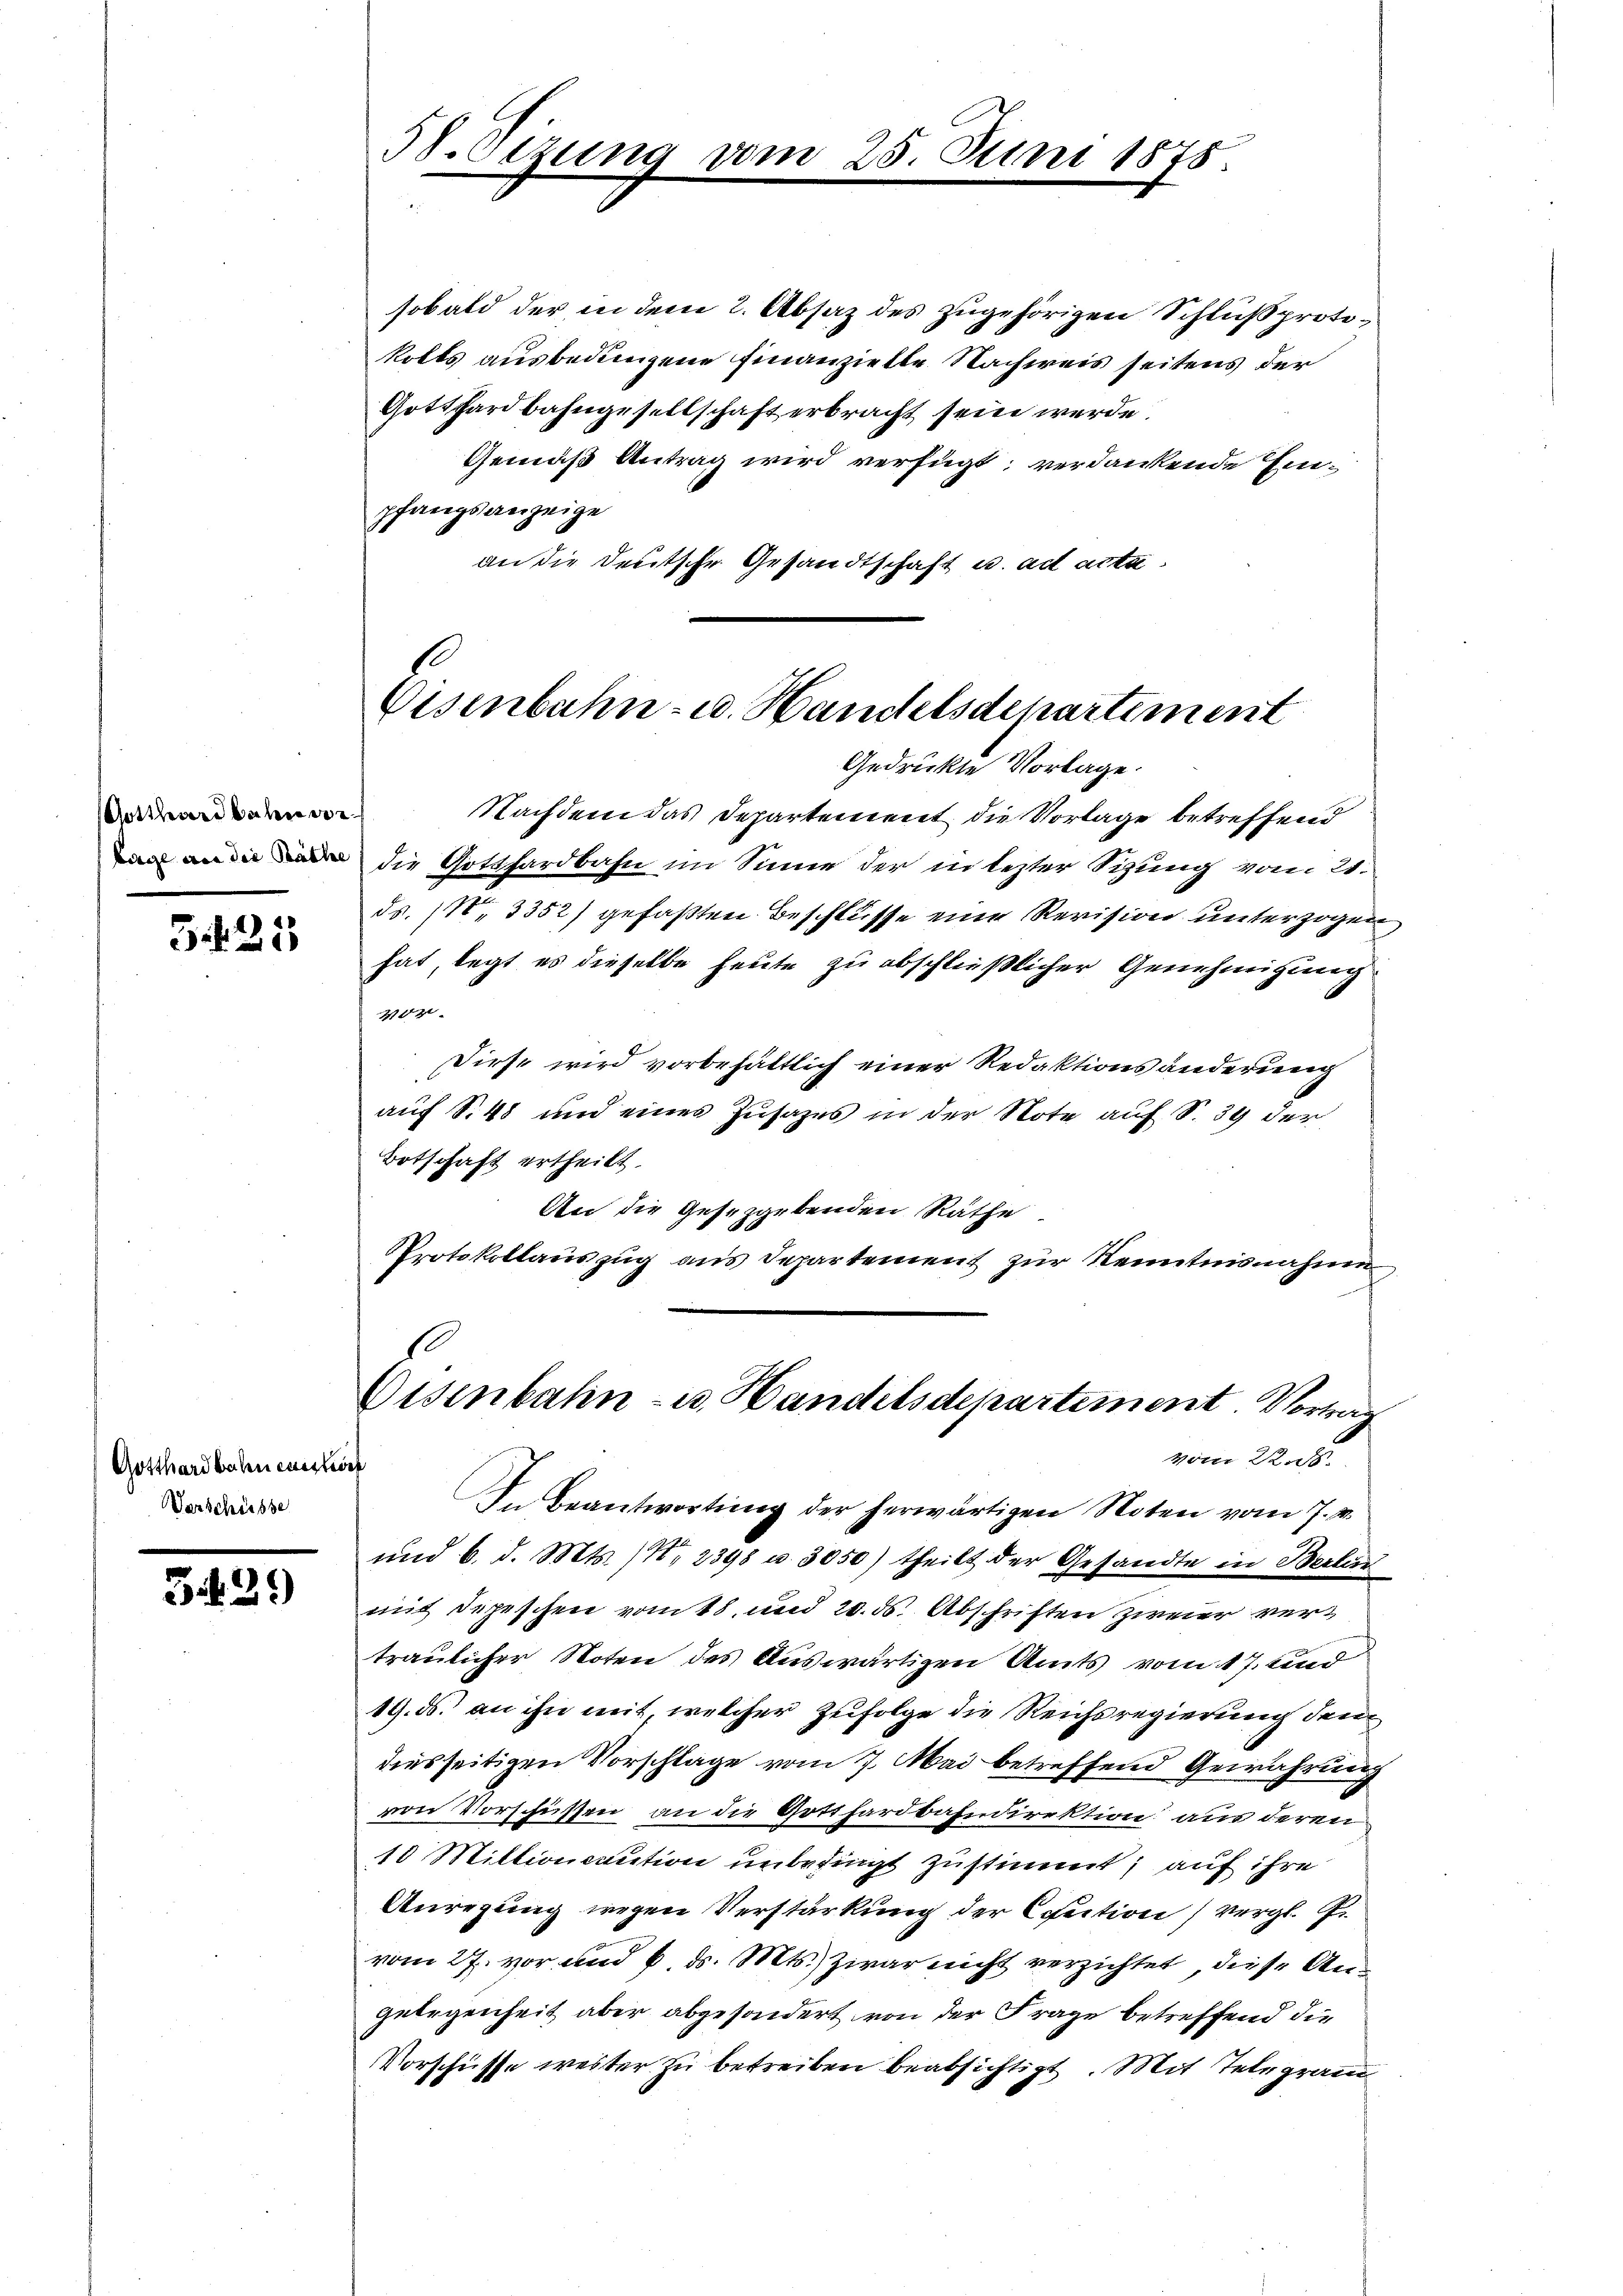
Gotthardbahn ver
barge von die Räthe

3 f. 21

Gotthardbahneuestorf
Verschüsse

3429

38.Oezung vom

25. Juni 1878

sobald der in dem 2. Absaz des zugehörigen Schlußprotokolls ausbedungene Finanzielle Nachweis seitens der
Gotthardbahngesellschaft erbracht sein werde.
Gemäß Antrag wird verfügt, verdankende Einpfangsanzeige
an die Deutsche Gesandtschaft u. ad acta

Eisenbahn- u. Handelsdepartement
Gedrückte Vorlage.

.
Oisenbahn- u. Handelsdepartement. Vortrag
vom 22. 86.

Nachdem das Departement die Vorlage betreffend
die Gotthardbahn im Sinne der in lezter Sizung vom 21.
ds. (N. 3352) gefaßten Beschlüsse eine Revision unterzogen
hat legt es dieselbe heute zu abschließlicher Genehmigung
402
Diese wird vorbehältlich einer Redaktionsänderung
auf S. 48 und eines Zusages in der Note auf S. 39 der
Botschaft ertheilt.
An die Gesetzgebenden Räthe
Protokollauszug aus Departement zur Kenntnisnahme
In Beantwortung der herwärtigen Noten vom 7. v.
und 6. d. Mts. (Nr. 2398 u. 3050) theilt der Gesandte in Berlin
mit depeschen vom 18 und 20. ds. Abschriften ziner vertraulicher Noten des Auswärtigen Amts vom 17. und
19. ds. an ihn mit, welcher Zufolge die Reichsregierung den
diesseitigen Vorschlage vom 7. Mai betreffend Gewährung
von Vorschiessen, an die Gotthardbahndirektion aus deren
10 Millionenution unbedingt zustimmt, auf ihre
Anregung wegen Verstärkung der Caution vergl.
vom 27. vor und 6 d. Mts. zwar nicht verzichtet, diese Angelegenheit aber abgesondert von der Frage betreffend die
Vorschüsse weister zŭ betreiben beabsichtigt. Mit Telegram